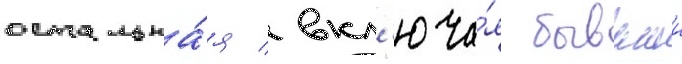
остальна́я / вкл'юча́я бывшии